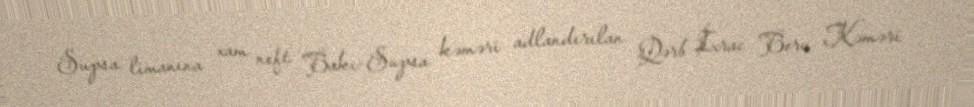
Supsa limanına xam neft Bakı-Supsa kəməri adlandırılan Qərb İxrac Boru Kəməri